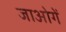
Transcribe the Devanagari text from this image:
जाओगें